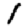
Digit: 1